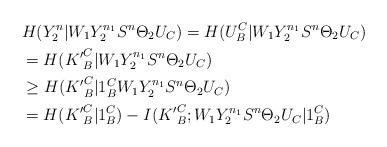
LaTeX: \begin{align*}&H(Y_2^n|W_1Y_2^{n_1}S^n\Theta_2U_C) = H(U_B^C|W_1Y_2^{n_1}S^n\Theta_2U_C)\\&=H({K'}_B^C|W_1Y_2^{n_1}S^n\Theta_2U_C)\\&\geq H({K'}_B^C|1_B^CW_1Y_2^{n_1}S^n\Theta_2U_C)\\&= H({K'}_B^C|1_B^C) - I({K'}_B^C;W_1Y_2^{n_1}S^n\Theta_2U_C|1_B^C)\end{align*}